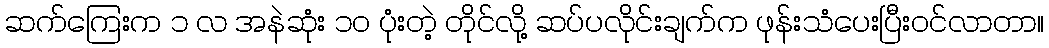
ဆက်ကြေးက ၁ လ အနဲဆုံး ၁ဝ ပုံးတဲ့ တိုင်လို့ ဆပ်ပလိုင်းချက်က ဖုန်းသံပေးပြီးဝင်လာတာ။